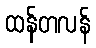
ထန်တလန်